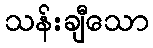
သန်းချီသော